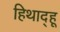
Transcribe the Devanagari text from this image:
हिथाद्हू